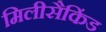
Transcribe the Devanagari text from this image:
मिलीसैकिंड